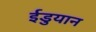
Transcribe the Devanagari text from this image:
ईडुयान